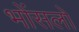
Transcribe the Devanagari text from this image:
भोंसलों